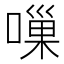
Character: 𠻥